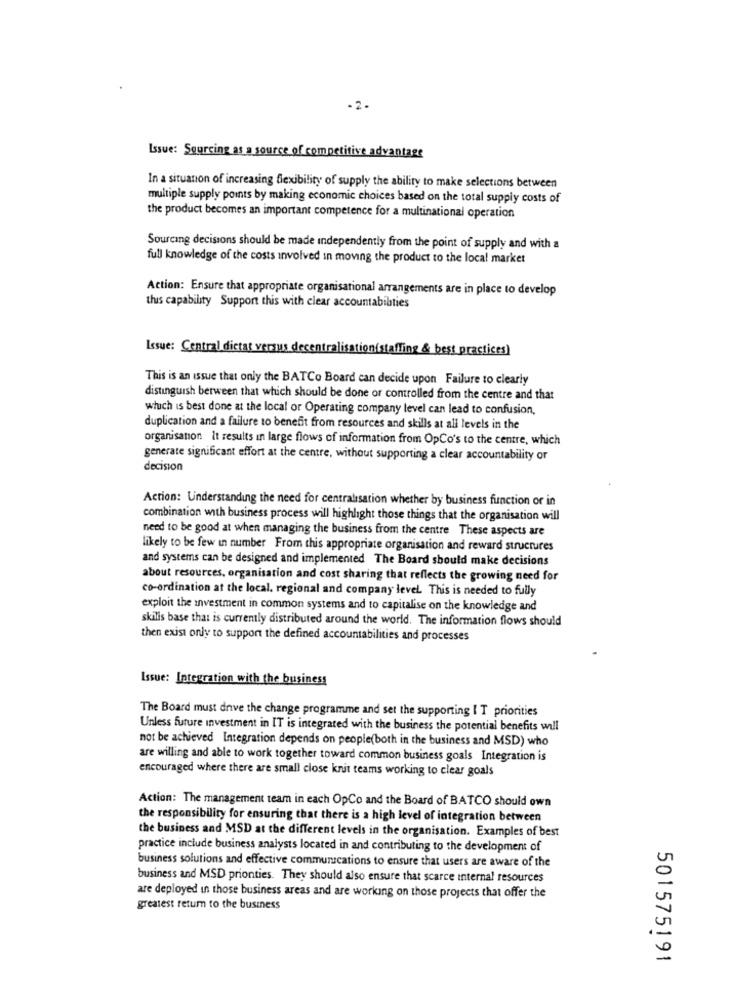
Issue: Sourcing as a source of competitive advantage
In a situation of increasing flexibility of supply the ability to make selections between
multiple supply points by making economic choices based on the total supply costs of
the product becomes an important competence for a multinational operation
Sourcing decisions should be made independently from the point of supply and with a
full knowledge of the costs involved in moving the product to the local market
Action: Ensure that appropriate organisational arrangements are in place to develop
this capability Support this with clear accountabilities
Issue: Central dietas versus decentralisation(staffing & best practices)
This is an issue that only the BATCo Board can decide upon Failure to clearly
distinguish berween that which should be done or controlled from the centre and that
which is best done at the local or Operating company level can lead to confusion,
duplication and a failure to benefit from resources and skills at all levels in the
organisation It results in large flows of information from OpCo's to the centre, which
generate significant effort at the centre, without supporting a clear accountability or
decision
Action: Understanding the need for centralisation whether by business function or in
combination with business process will highlight those things that the organisation will
need to be good at when managing the business from the centre These aspects are
likely to be few in number From this appropriate organisation and reward structures
and systems can be designed and implemented The Board should make decisions
about resources, organisation and cost sharing that reflects the growing need for
co-ordination at the local, regional and company level. This is needed to fully
exploit the investment in common systems and to capitalise on the knowledge and
skills base that is currently distributed around the world. The information flows should
then exist only to support the defined accountabilities and processes
Issue: Integration with the business
The Board must drive the change programme and set the supporting I T priorities
Unless future investment in IT is integrated with the business the potential benefits will
not be achieved Integration depends on people(both in the business and MSD) who
are willing and able to work together toward common business goals Integration is
encouraged where there are small close knit teams working to clear goals
Action: The management team in each OpCo and the Board of BATCO should own
the responsibility for ensuring that there is a high level of integration between
the business and MSD at the different levels in the organisation. Examples of best
practice include business analysts located in and contributing to the development of
business solutions and effective communications to ensure that users are aware of the
business and MSD prionties. They should also ensure that scarce internal resources
are deployed in those business areas and are working on those projects that offer the
greatest return to the business
501575191